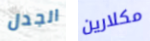
الجدل مكلارين